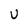
Character: U